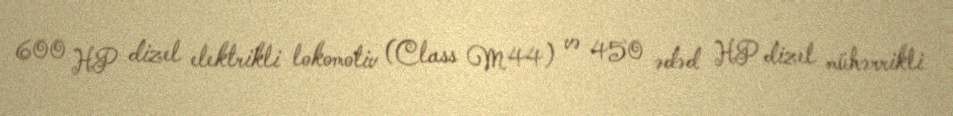
600 HP dizel elektrikli lokomotiv (Class M44) və 450 ədəd HP dizel mühərrikli